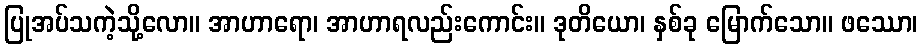
ပြုအပ်သကဲ့သို့လော။ အာဟာရော၊ အာဟာရလည်းကောင်း။ ဒုတိယော၊ နှစ်ခု မြောက်သော။ ဖဿော၊